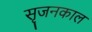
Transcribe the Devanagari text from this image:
सृजनकाल